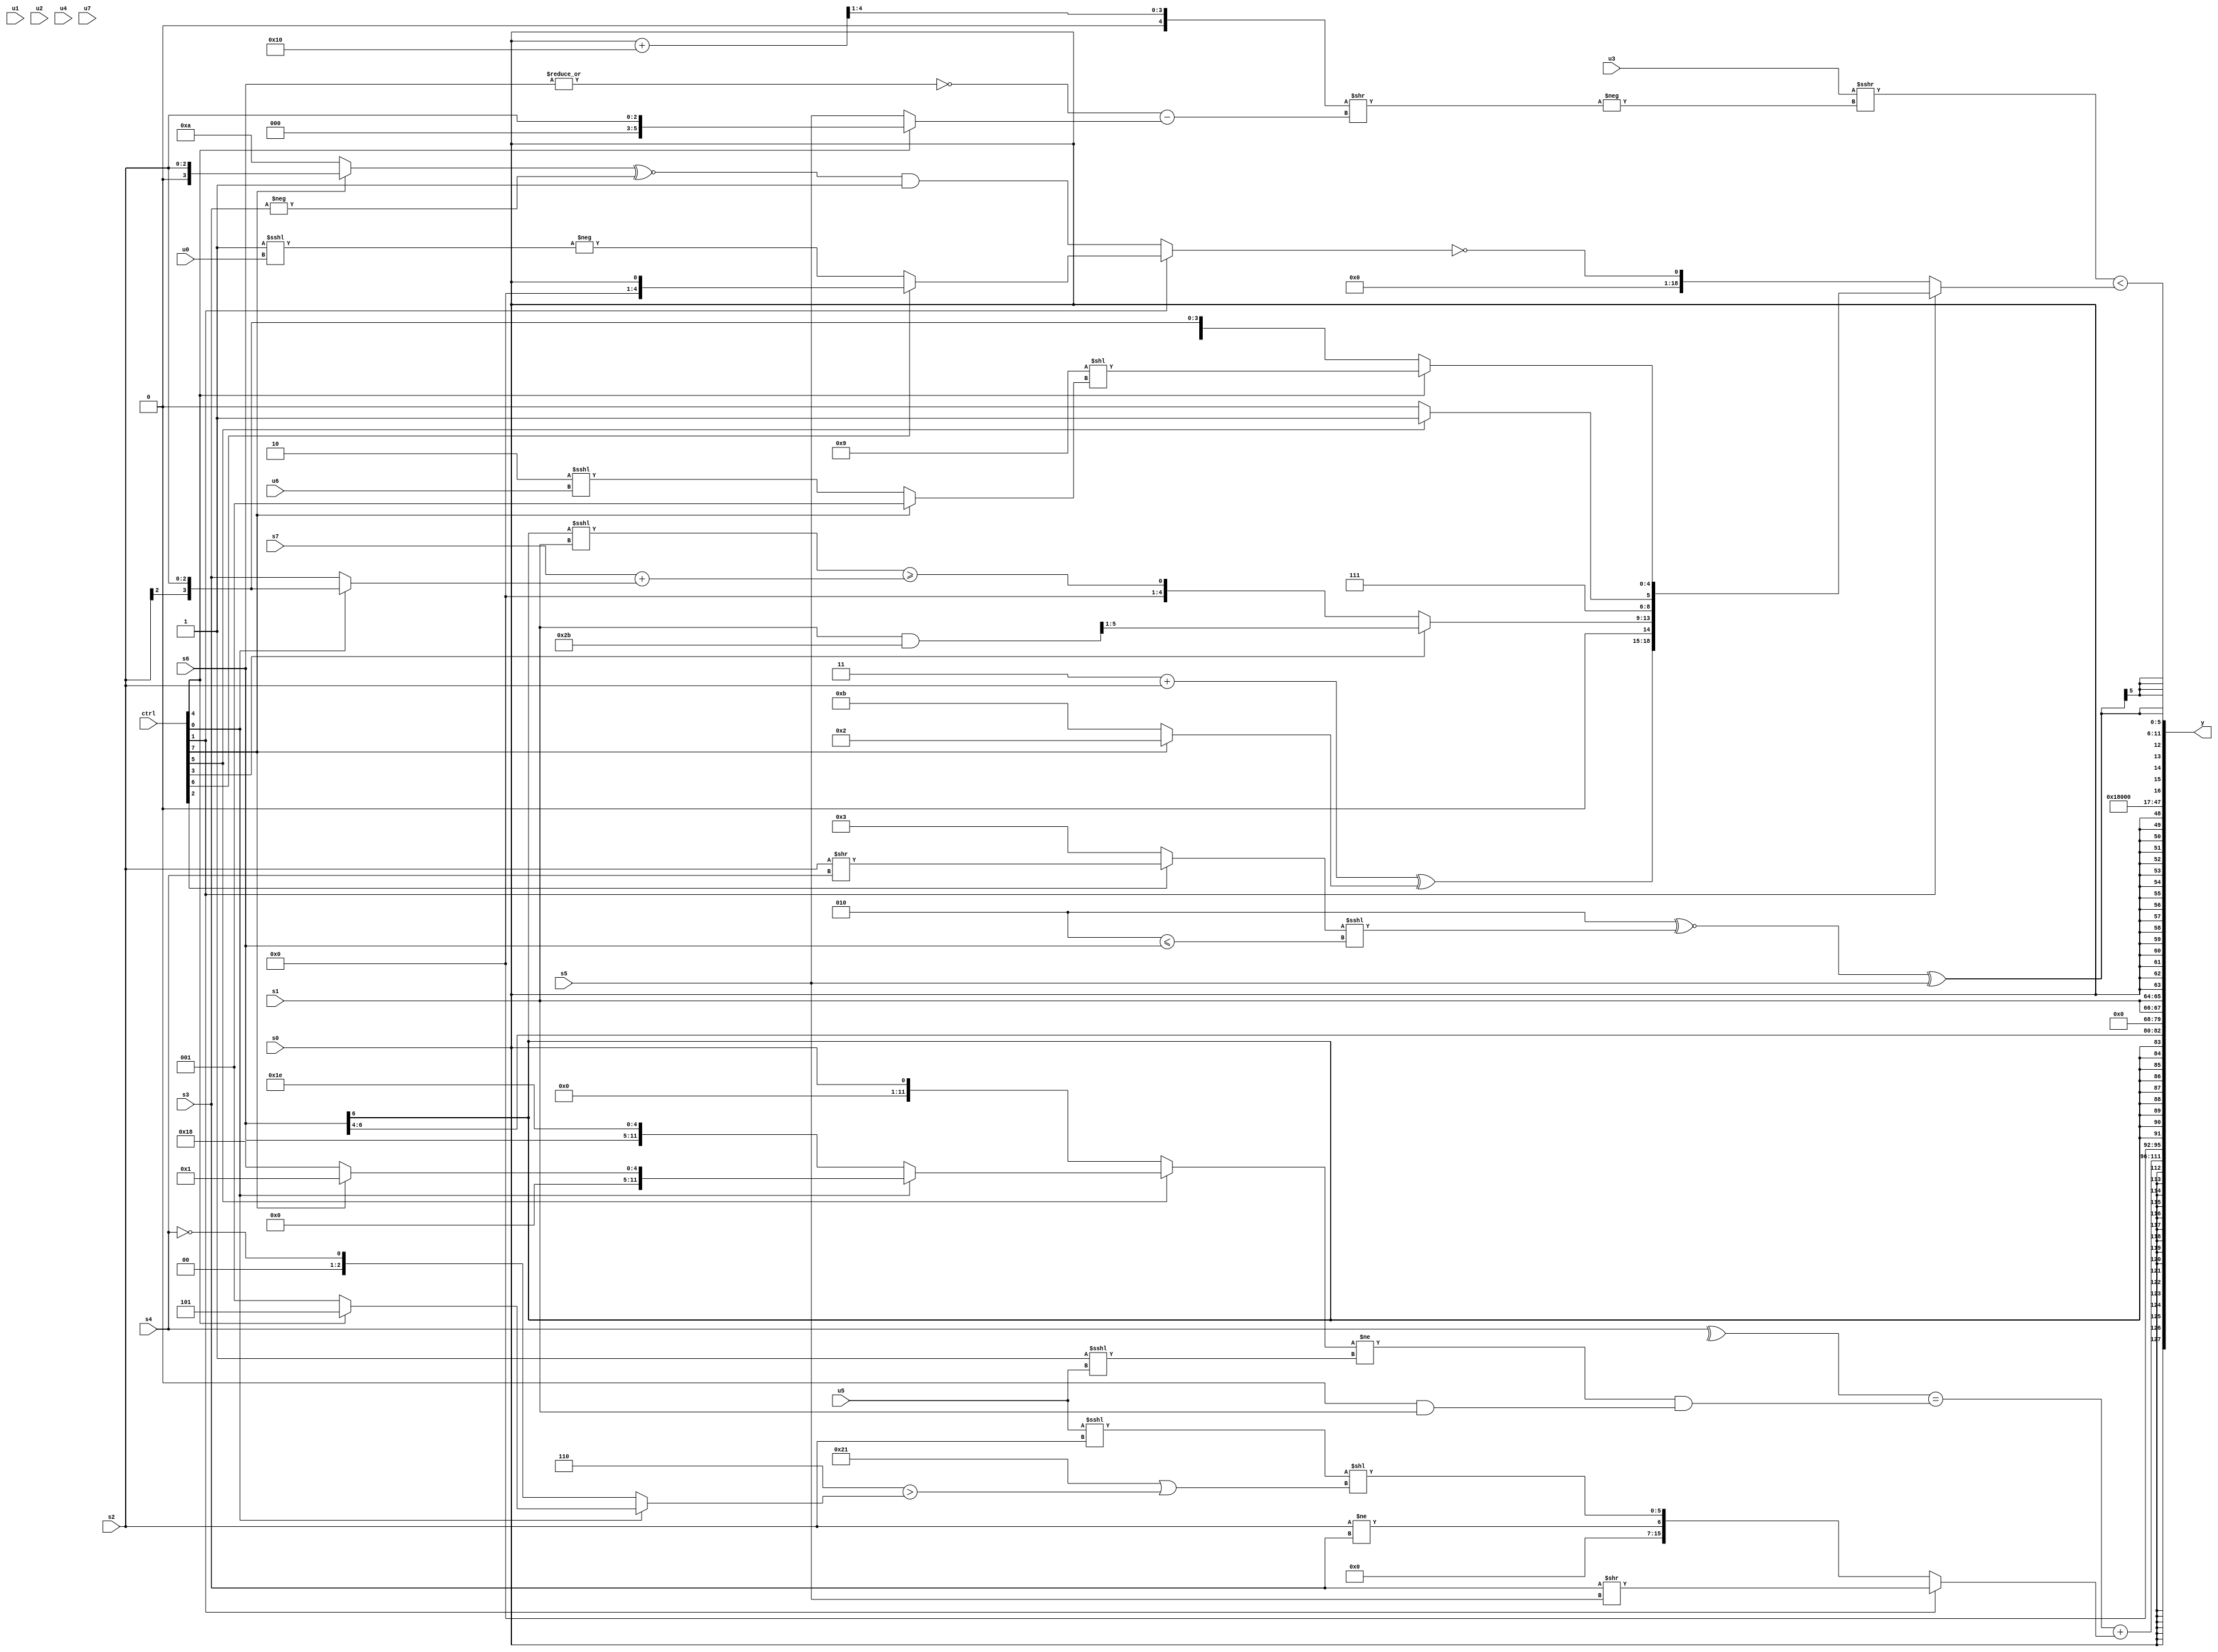
module wideexpr_00690(ctrl, u0, u1, u2, u3, u4, u5, u6, u7, s0, s1, s2, s3, s4, s5, s6, s7, y);
  input [7:0] ctrl;
  input [0:0] u0;
  input [1:0] u1;
  input [2:0] u2;
  input [3:0] u3;
  input [4:0] u4;
  input [5:0] u5;
  input [6:0] u6;
  input [7:0] u7;
  input signed [0:0] s0;
  input signed [1:0] s1;
  input signed [2:0] s2;
  input signed [3:0] s3;
  input signed [4:0] s4;
  input signed [5:0] s5;
  input signed [6:0] s6;
  input signed [7:0] s7;
  output [127:0] y;
  wire [15:0] y0;
  wire [15:0] y1;
  wire [15:0] y2;
  wire [15:0] y3;
  wire [15:0] y4;
  wire [15:0] y5;
  wire [15:0] y6;
  wire [15:0] y7;
  assign y = {y0,y1,y2,y3,y4,y5,y6,y7};
  assign y0 = s0;
  assign y1 = ((^(s4))==((((ctrl[5]?(ctrl[0]?(ctrl[7]?{1{(1'b1)^(2'b00)}}:($signed(6'sb011000))>>($signed(3'sb000))):{+(s6),5'b11110}):|(s0)))!=($unsigned((3'sb111)<<<(u5))))&(($unsigned({2{(({1{s2}})<=((6'sb101101)>>>(s2)))<<<(3'sb111)}}))&(s1))))+((ctrl[1]?(s3)>>(s5):{$signed((s2)!=(s3)),$signed((({1{$signed(u5)}})<<<(s2))<<((6'sb100001)|(((2'b10)|(~(5'sb11011)))>((ctrl[0]?(ctrl[4]?3'sb101:1'sb1):!(s4))))))}));
  assign y2 = ($signed(s6))>>(4'sb0100);
  assign y3 = {2{s1}};
  assign y4 = s0;
  assign y5 = $signed(5'sb00011);
  assign y6 = ((u3)>>>(-((($signed((s0)+(5'sb10000)))>>(1'sb1))>>($signed((~|(s6))-((ctrl[4]?s2:s5)))))))<((ctrl[1]?{$signed((+((2'sb11)+(s2)))^((ctrl[7]?2'sb10:+(5'b01011)))),(ctrl[3]?($unsigned((s1)&(6'sb101011)))>>>(+(1'sb1)):(((s6)>>>(4'sb1000))<<<(s1))>=(($signed(s7))+((ctrl[0]?s2:s3)))),(ctrl[5]?(ctrl[1]?2'sb11:s3):2'sb10),(ctrl[4]?(5'sb01001)<<((ctrl[7]?$unsigned(2'sb01):(3'b010)<<<(u6))):s2)}:!((ctrl[1]?(ctrl[6]?s0:-((1'b1)<<<(u0))):(((ctrl[7]?s2:5'sb01010))^~(-(s3)))&(3'sb001)))));
  assign y7 = $signed({2{((3'sb010)^~(((ctrl[2]?(s2)>>(s4):4'sb0011))<<<((4'sb0010)<=((s6)>>(1'sb0)))))^(s5)}});
endmodule